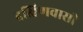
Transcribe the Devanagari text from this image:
दक्षिणवासी